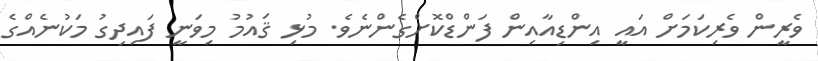
ވެރީން ވެރިކަމަށް އައީ އިންޑިއާއިން ފަންޑްކޮށްގެންނެވެ. މުޅި ޤައުމު މިވަނީ ފައިދިގު މަކުނެއްގެ